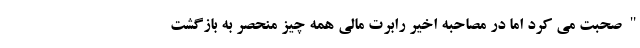
" صحبت می کرد اما در مصاحبه اخیر رابرت مالی همه چیز منحصر به بازگشت